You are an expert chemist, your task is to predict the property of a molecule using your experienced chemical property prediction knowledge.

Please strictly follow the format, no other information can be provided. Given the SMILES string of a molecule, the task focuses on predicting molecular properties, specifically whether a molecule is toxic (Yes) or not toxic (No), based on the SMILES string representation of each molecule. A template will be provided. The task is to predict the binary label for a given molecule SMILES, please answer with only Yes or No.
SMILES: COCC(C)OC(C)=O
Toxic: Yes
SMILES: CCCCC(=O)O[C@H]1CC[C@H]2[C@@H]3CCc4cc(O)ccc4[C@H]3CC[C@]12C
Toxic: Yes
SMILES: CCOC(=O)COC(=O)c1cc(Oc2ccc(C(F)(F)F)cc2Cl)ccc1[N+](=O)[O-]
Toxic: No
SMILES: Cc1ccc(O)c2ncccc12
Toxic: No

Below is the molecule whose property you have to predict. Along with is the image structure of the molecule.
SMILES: O=c1cc(-c2ccccc2)oc2ccc3ccccc3c12
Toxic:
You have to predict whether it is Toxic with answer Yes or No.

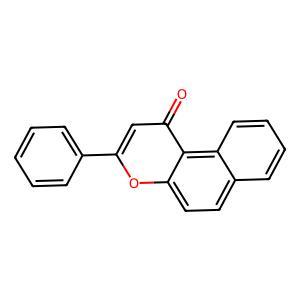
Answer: No